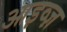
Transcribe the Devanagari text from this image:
आइव्ज़